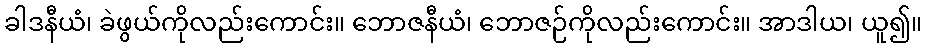
ခါဒနီယံ၊ ခဲဖွယ်ကိုလည်းကောင်း။ ဘောဇနီယံ၊ ဘောဇဉ်ကိုလည်းကောင်း။ အာဒါယ၊ ယူ၍။